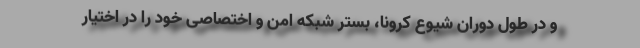
و در طول دوران شیوع کرونا، بستر شبکه امن و اختصاصی خود را در اختیار